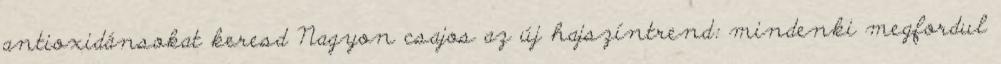
antioxidánsokat keresd Nagyon csajos az új hajszíntrend: mindenki megfordul